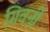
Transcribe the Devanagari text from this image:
गिवर्नी